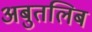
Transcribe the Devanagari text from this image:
अबुतलिब